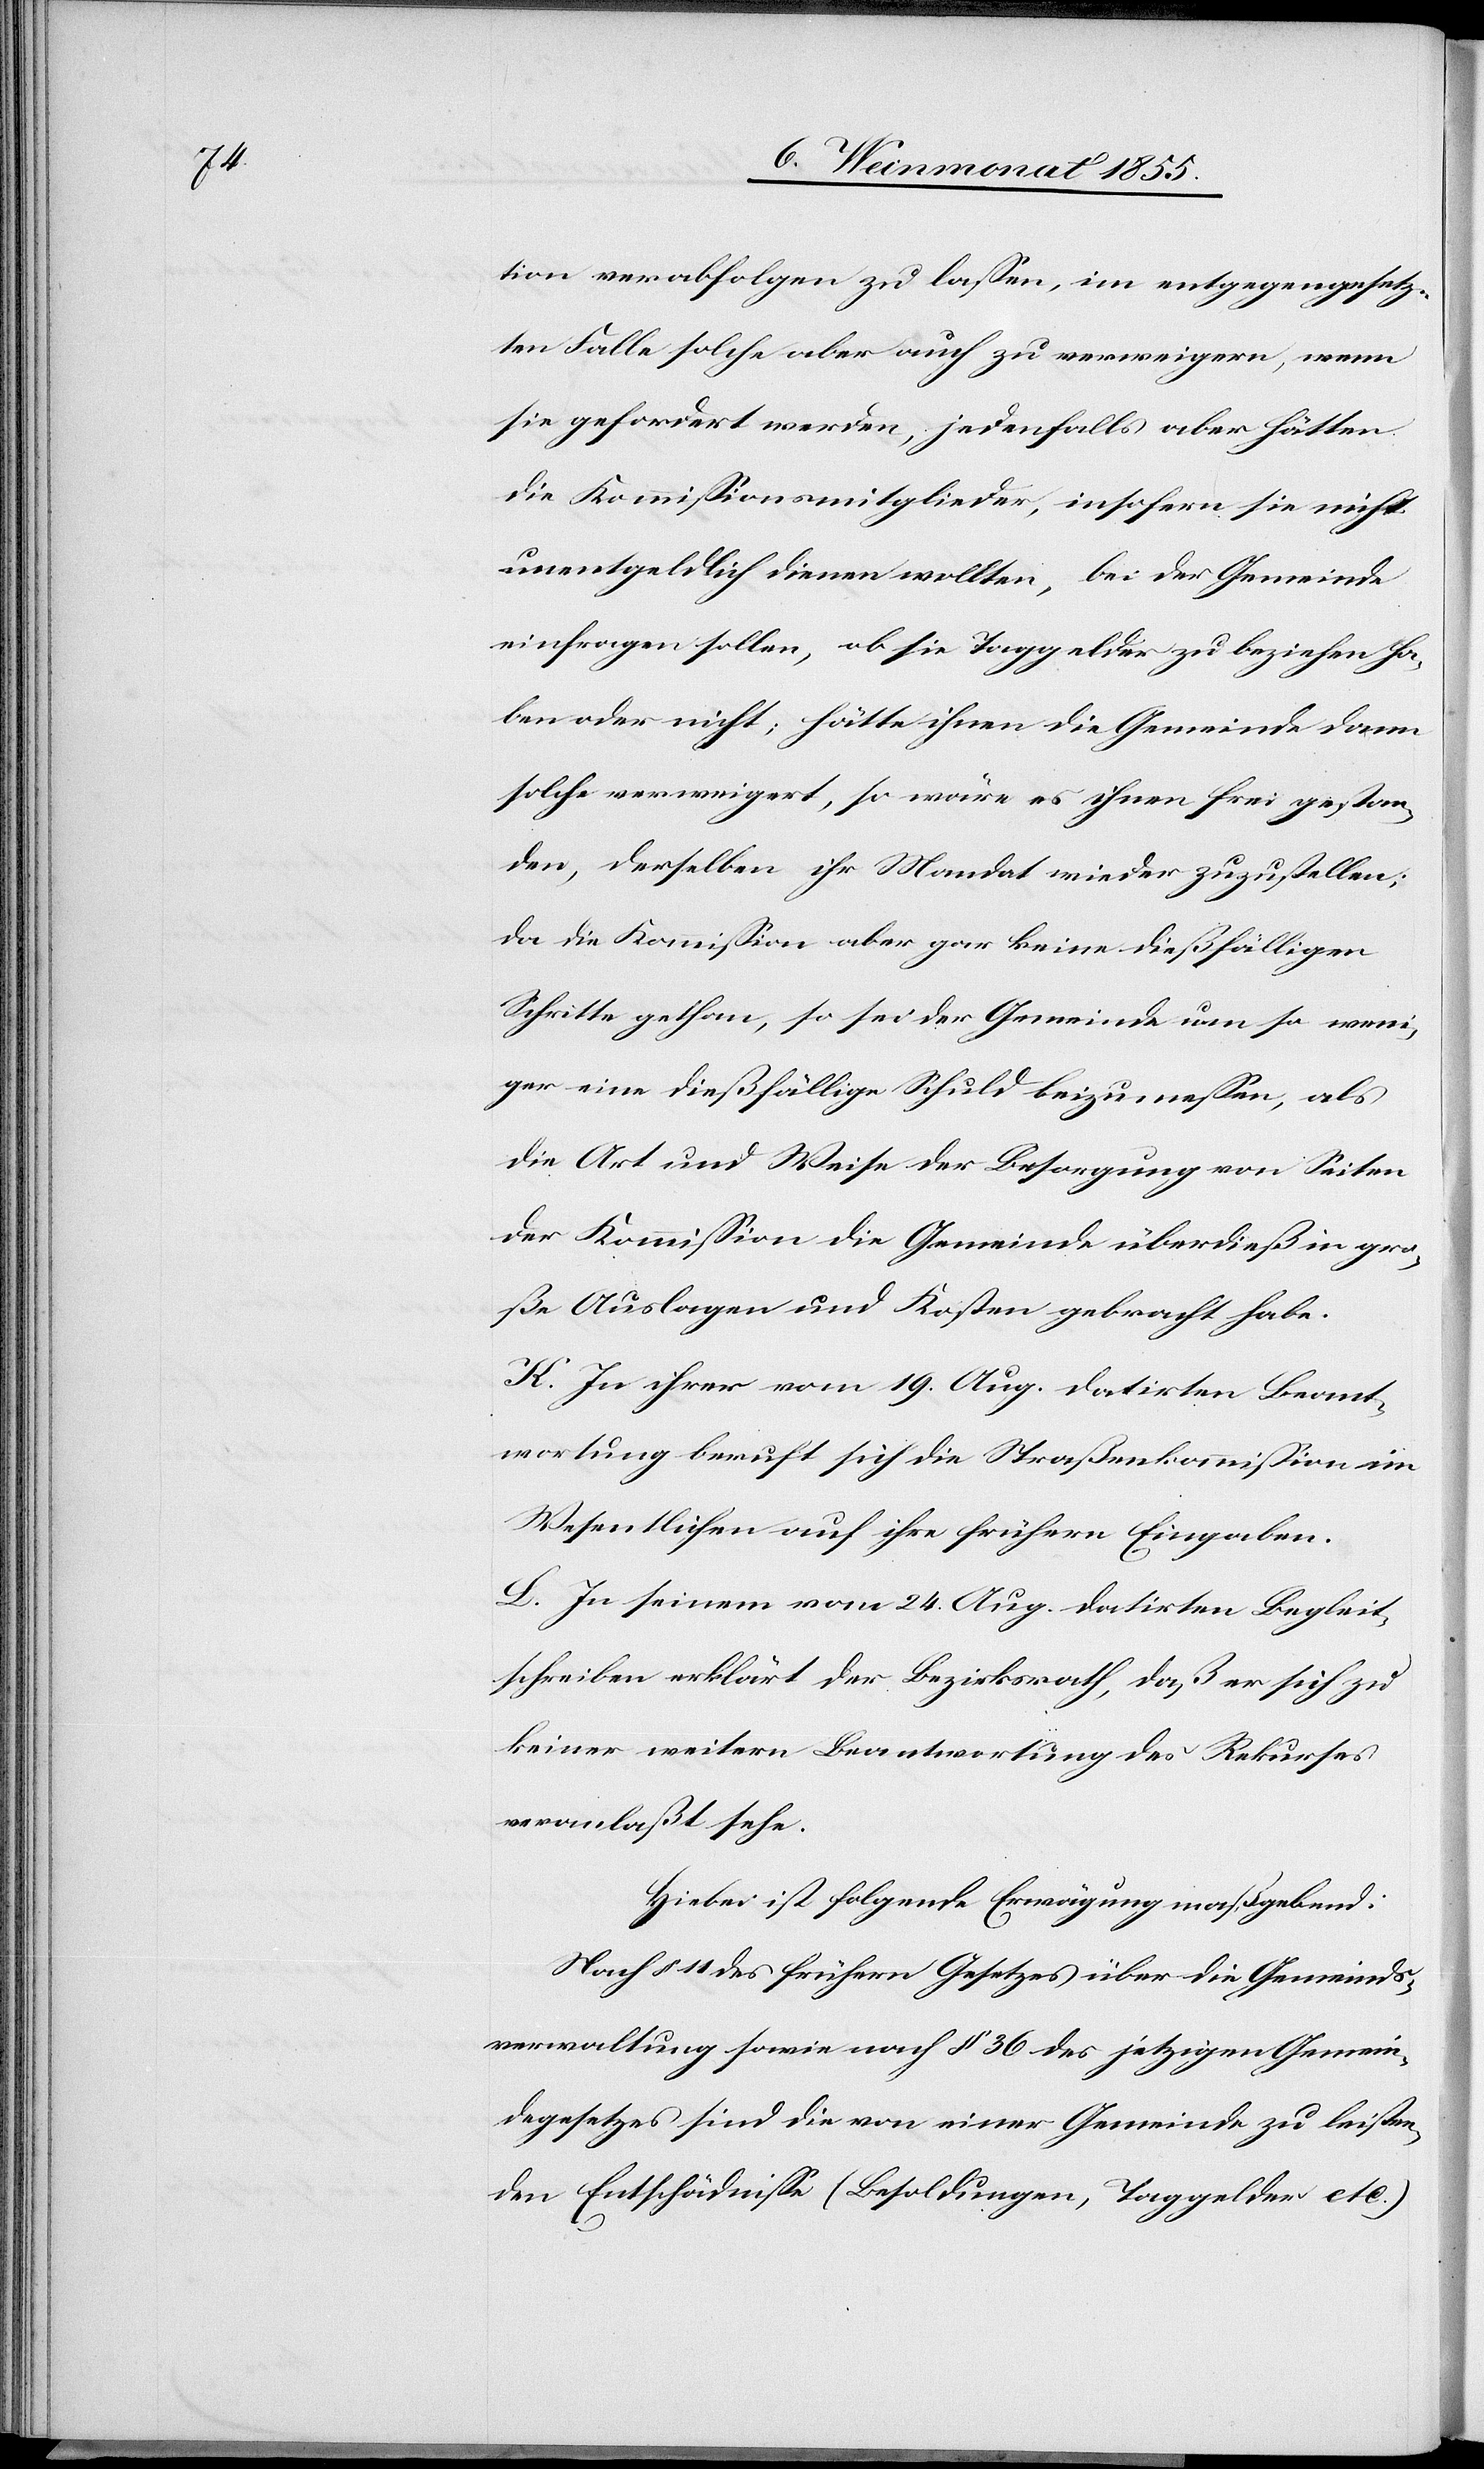
tion verabfolgen zu lassen, im entgegengesetz¬
ten Falle solche aber auch zu verweigern, wenn
sie gefordert werden, jedenfalls aber hätten
die Kommissionsmitglieder, insofern sie nicht
unentgeldlich dienen wollten, bei der Gemeinde
einfragen sollen, ob sie Taggelder zu beziehen ha¬
ben oder nicht; hätte ihnen die Gemeinde dann
solche verweigert, so wäre es ihnen frei gestan¬
den, derselben ihr Mandat wieder zuzustellen;
da die Kommission aber gar keine dießfälligen
Schritte gethan, so sei der Gemeinde um so weni¬
ger eine dießfällige Schuld beizumessen, als
die Art und Weise der Besorgung von Seiten
der Kommission die Gemeinde überdieß in gro¬
ße Auslagen und Kosten gebracht habe.
K. In ihrer vom 19. Aug. datirten Beant¬
wortung beruft sich die Straßenkommission im
Wesentlichen auf ihre frühern Eingaben.
L. In seinem vom 24. Aug. datirten Begleit¬
schreiben erklärt der Bezirksrath, daß er sich zu
keiner weitern Beantwortung des Rekurses
veranlaßt sehe.
Hiebei ist folgende Erwägung maßgebend:
Nach § 11 des frühern Gesetzes über die Gemeinds¬
verwaltung sowie nach § 36 des jetzigen Gemein¬
degesetzes sind die von einer Gemeinde zu leisten¬
den Entschädnisse (Besoldungen, Taggelder etc.)